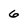
Character: 6